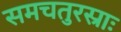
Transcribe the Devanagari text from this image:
समचतुरस्राः